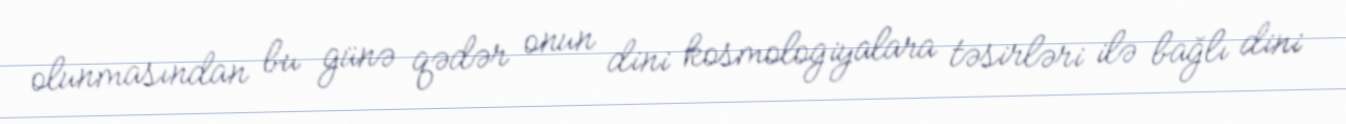
olunmasından bu günə qədər onun dini kosmologiyalara təsirləri ilə bağlı dini